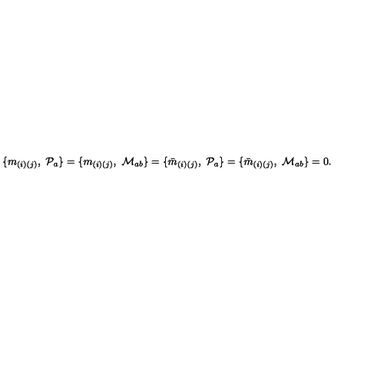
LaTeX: \{ m _ { ( i ) ( j ) } , \ { \cal P } _ { a } \} = \{ m _ { ( i ) ( j ) } , \ { \cal M } _ { a b } \} = \{ { \bar { m } } _ { ( i ) ( j ) } , \ { \cal P } _ { a } \} = \{ { \bar { m } } _ { ( i ) ( j ) } , \ { \cal M } _ { a b } \} = 0 .